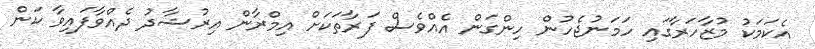
އެކަމަކު މުޒާހަރާގައި ހަމަނުޖެހުން ހިންގަން އެއްވެސް ފަރާތަކަށް އިމްރާން އިރުޝާދު ދެއްވާފައިވާ ކަން